Scottish Certificate of Education, 1963
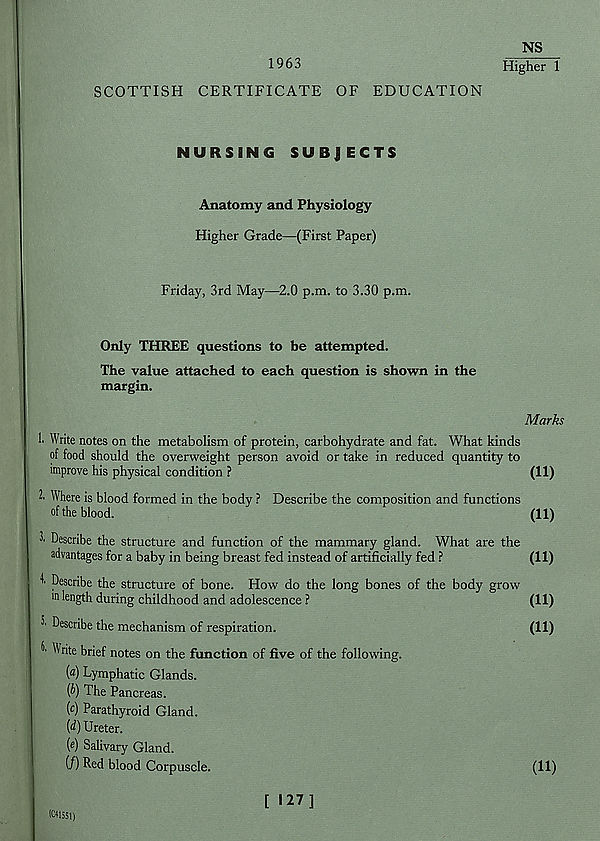
1963
NS
Higher 1
SCOTTISH CERTIFICATE OF EDUCATION
NURSING SUBJECTS
Anatomy and Physiology
Higher Grade—(First Paper)
Friday, 3rd May—2.0 p.m. to 3.30 p.m.
Only THREE questions to be attempted.
The value attached to each question is shown in the
margin.
Marks
1. Write notes on the metabolism of protein, carbohydrate and fat. What kinds
of food should the overweight person avoid or take in reduced quantity to
improve his physical condition ?
(11)
1 Where is blood formed in the body ? Describe the composition and functions
of the blood.
(11)
2' Describe the structure and function of the mammary gland. What are the
advantages for a baby in being breast fed instead of artificially fed ?
(11)
4' Describe the structure of bone. How do the long bones of the body grow
m kngth during childhood and adolescence ?
(11)
2' Describe the mechanism of respiration.
(11)
2' Write brief notes on the function of five of the following.
(fl) Lymphatic Glands.
(f*) The Pancreas.
(t) Parathyroid Gland.
(<2) Ureter.
(«) Salivary Gland.
(/) Red blood Corpuscle.
(11)
IC415S1)
[ 127]